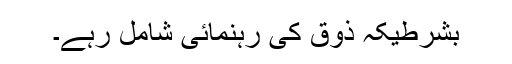
بشرطیکہ ذوق کی رہنمائی شامل رہے۔